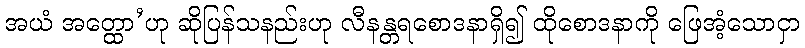
အယံ အတ္ထော’ဟု ဆိုပြန်သနည်းဟု လီနန္တရစောဒနာရှိ၍ ထိုစောဒနာကို ဖြေအံ့သောငှာ